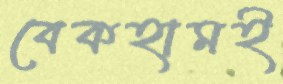
বেকহামই